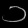
Digit: ၁